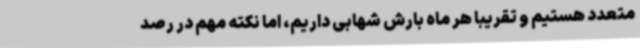
متعدد هستیم و تقریبا هر ماه بارش شهابی داریم، اما نکته مهم در رصد